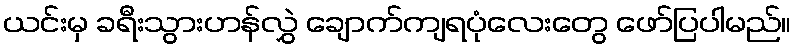
ယင်းမှ ခရီးသွားဟန်လွှဲ ချောက်ကျရပုံလေးတွေ ဖော်ပြပါမည်။